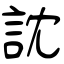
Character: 訦